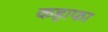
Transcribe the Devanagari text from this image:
कहाफा